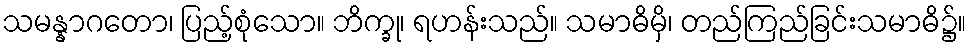
သမန္နာဂတော၊ ပြည့်စုံသော။ ဘိက္ခု၊ ရဟန်းသည်။ သမာဓိမှိ၊ တည်ကြည်ခြင်းသမာဓိ၌။